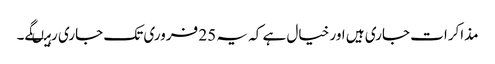
مذاکرات جاری ہیں اور خیال ہے کہ یہ 25 فروری تک جاری رہیںگے۔